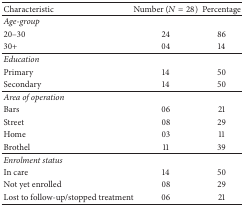
<table><thead><tr><td><b>Characteristic</b></td><td><b>Number (<i>N</i> = 28)</b></td><td><b>Percentage</b></td></tr></thead><tbody><tr><td><i>Age-group</i></td><td> </td><td> </td></tr><tr><td>20–30</td><td>24</td><td>86</td></tr><tr><td>30+</td><td>04</td><td>14</td></tr><tr><td><i>Education</i></td><td> </td><td> </td></tr><tr><td>Primary</td><td>14</td><td>50</td></tr><tr><td>Secondary</td><td>14</td><td>50</td></tr><tr><td><i>Area of operation</i></td><td> </td><td> </td></tr><tr><td>Bars</td><td>06</td><td>21</td></tr><tr><td>Street</td><td>08</td><td>29</td></tr><tr><td>Home</td><td>03</td><td>11</td></tr><tr><td>Brothel</td><td>11</td><td>39</td></tr><tr><td><i>Enrolment status</i></td><td> </td><td> </td></tr><tr><td>In care</td><td>14</td><td>50</td></tr><tr><td>Not yet enrolled</td><td>08</td><td>29</td></tr><tr><td>Lost to follow-up/stopped treatment</td><td>06</td><td>21</td></tr></tbody></table>